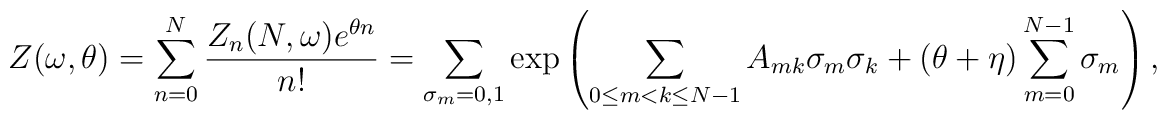
Z(\omega,\theta)=\sum_{n=0}^N \frac{Z_n(N,\omega)e^{\theta n}}{n!} =\sum_{\sigma_m=0,1} \exp \left( \sum_{0 \le m<k \le N-1}A_{mk}\sigma_m\sigma_k+(\theta+\eta) \sum_{m=0}^{N-1} \sigma_m \right),